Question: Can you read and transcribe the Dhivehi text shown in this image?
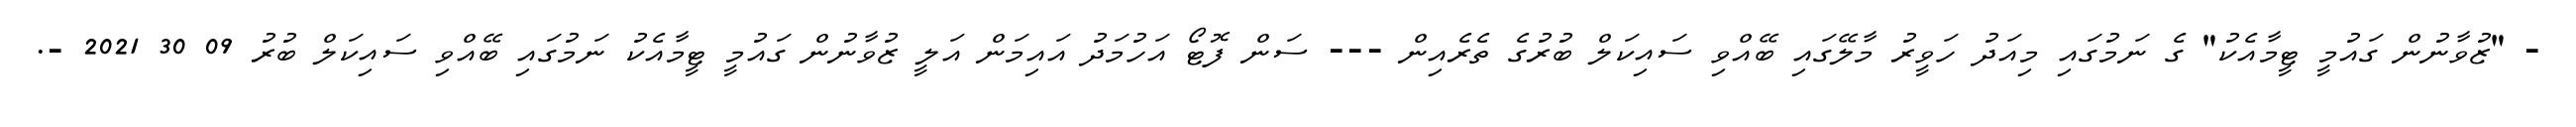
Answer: - "ޒުވާނުން ގައުމީ ޓީމާއެކު" ގެ ނަމުގައި މިއަދު ހަވީރު މާލޭގައި ބޭއްވި ސައިކަލް ބުރުގެ ތެރެއިން --- ސަން ފޮޓޯ އަހުމަދު އައިމަން އަލީ ޒުވާނުން ގައުމީ ޓީމާއެކު ނަމުގައި ބޭއްވި ސައިކަލް ބުރު 09 30 2021 -.